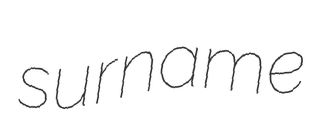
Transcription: surname